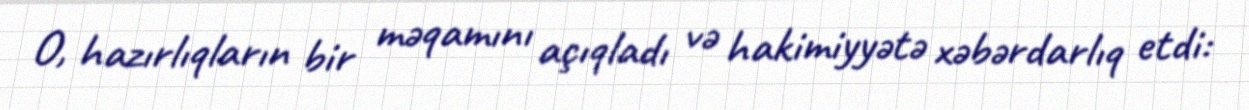
O, hazırlıqların bir məqamını açıqladı və hakimiyyətə xəbərdarlıq etdi: